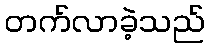
တက်လာခဲ့သည်